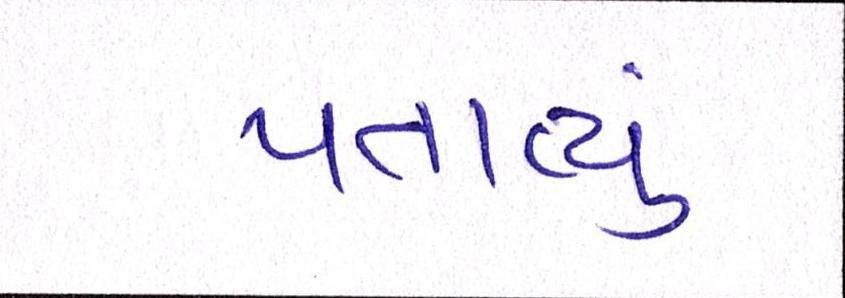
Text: પતાવ્યું